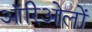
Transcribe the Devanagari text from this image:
ऑरिओलों